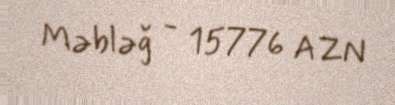
Məbləğ - 15776 AZN